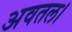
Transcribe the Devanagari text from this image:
अवतल।